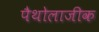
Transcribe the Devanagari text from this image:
पैथोलाजीक